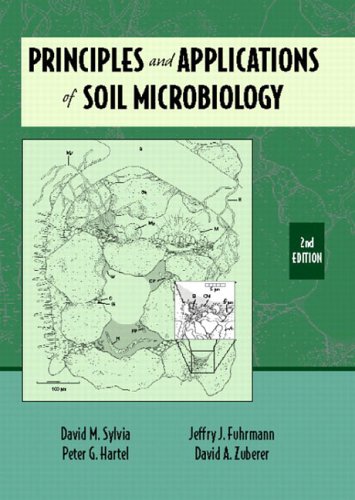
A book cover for Principles and Applications of Soil Microbiology (2nd Edition); David M. Sylvia; Science & Math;